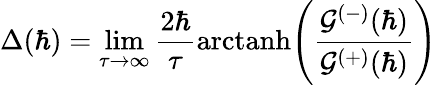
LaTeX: \Delta(\hbar)=\operatorname*{lim}_{\tau\to\infty}\frac{2\hbar}{\tau}\mathrm{arctanh}\Bigg(\frac{\mathcal{G}^{(-)}(\hbar)}{\mathcal{G}^{(+)}(\hbar)}\Bigg)